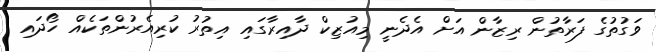
ވަގުތުގެ ފަރާތުން ރިޒާން އަށް އެދެނީ މިއުޒިކް ދާއިރާގައި އިތުރު ކުރިއެރުންތަކެއް ހޯދައި